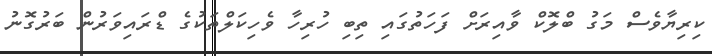
ކިރިޔާވެސް މަގު ބްލޮކް ވާއިރަށް ފަހަތުގައި ތިބި ހުރިހާ ވެހިކަލްތަކުގެ ޑްރައިވަރުން ބަރުގޮނު